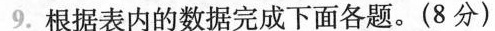
9.根据表内的数据完成下面各题。(8分)